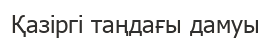
Қазіргі таңдағы дамуы